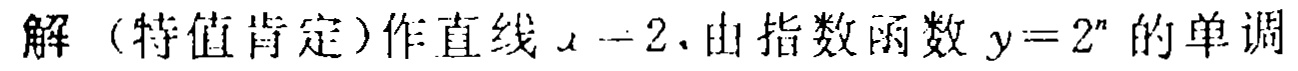
解（特值肯定）作直线 \(x = 2\)，由指数函数 \(y = 2^{x}\) 的单调